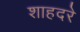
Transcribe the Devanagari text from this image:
शाहदरे